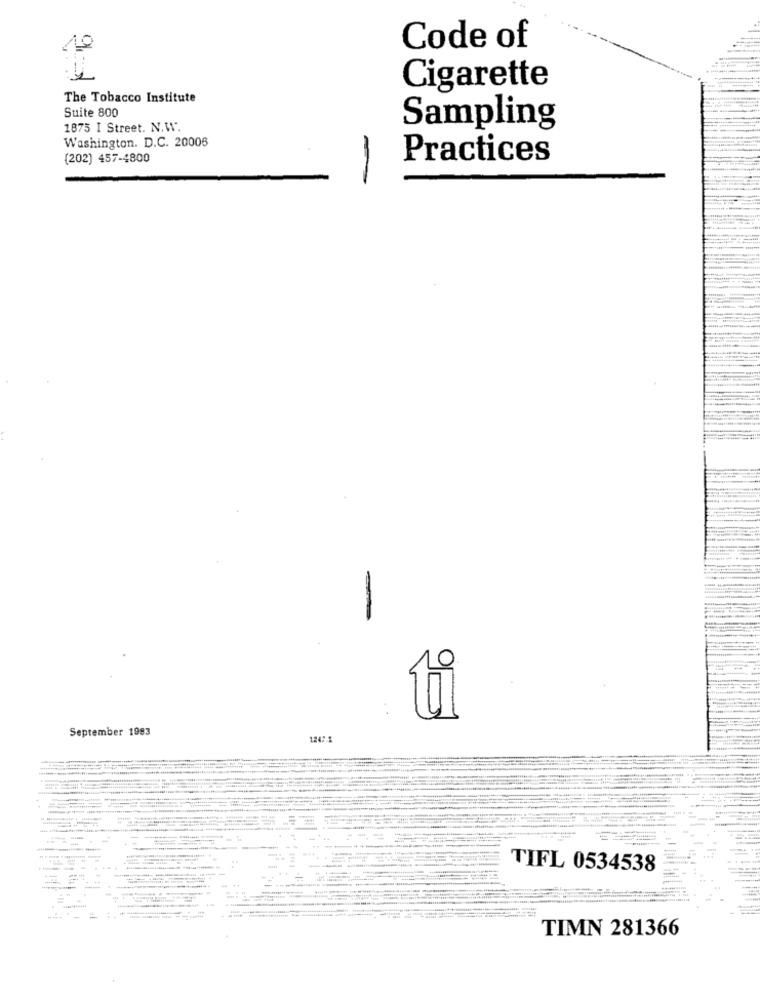
Code of
Cigarette
The Tobacco Institute
Suite 800
1875 I Street. N.W.
Sampling
Washington. D.C. 20006
(202) 457-4800
Practices
0
ti
September 1993
1247
......
TIFL 0534538
TIMN 281366